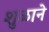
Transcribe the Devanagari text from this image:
शुळाने